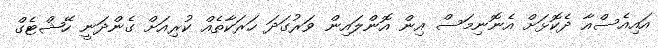
އައިއެސްއާ ދެކޮޅަށް އެނޮނިމަސް އިން އޮންލައިން ވަރުގަދަ ހަރަކާތެއް ކުރިއަށް ގެންދަނީ ހޭޝްޓެގް